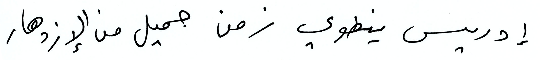
إدريس ينطوس زمن جميل من الإزدهار